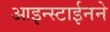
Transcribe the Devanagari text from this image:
आइन्स्टाईनने